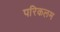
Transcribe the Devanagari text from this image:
परिकलम